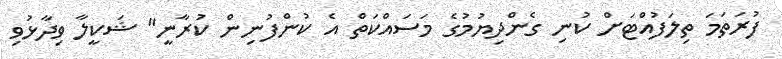
ފުރަތަމަ ތިލަފުއްޓަށް ކުނި ގެންދިޔުމުގެ މަސައްކަތް އެ ކުންފުނިން ކުރާނީ" ޝަކީލާ ވިދާޅުވި